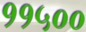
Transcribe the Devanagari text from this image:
११५००